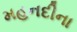
મહનદીના